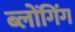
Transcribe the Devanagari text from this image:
ब्लोंगिंग